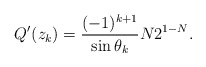
\begin{align*}Q'(z_{k}) = \frac{(-1)^{k+1}}{\sin \theta_{k}} N 2^{1-N}.\end{align*}